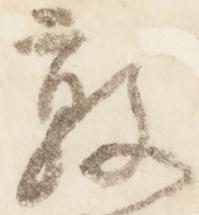
敦